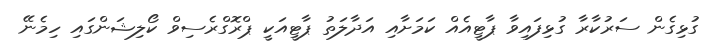
ގުޅިގެން ސަރުކާރާ ގުޅިފައިވާ ޕާޓީއެއް ކަމަށާއި އަދާލަތު ޕާޓީއަކީ ޕްރޮގްރެސިވް ކޯލިޝަންގައި ހިމެނޭ